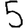
Digit: 5